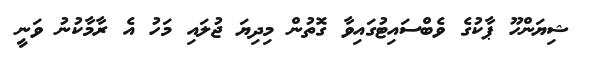
ޝިޔަންހޫ ޕާކުގެ ވެބްސައިޓުގައިވާ ގޮތުން މިދިޔަ ޖުލައި މަހު އެ ރާމާކުނު ވަނީ